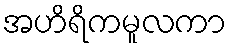
အဟိရိကမူလကာ